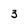
Character: 3